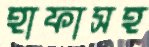
হাফাসহ